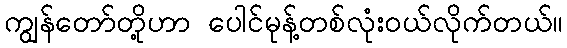
ကျွန်တော်တို့ဟာ ပေါင်မုန့်တစ်လုံးဝယ်လိုက်တယ်။